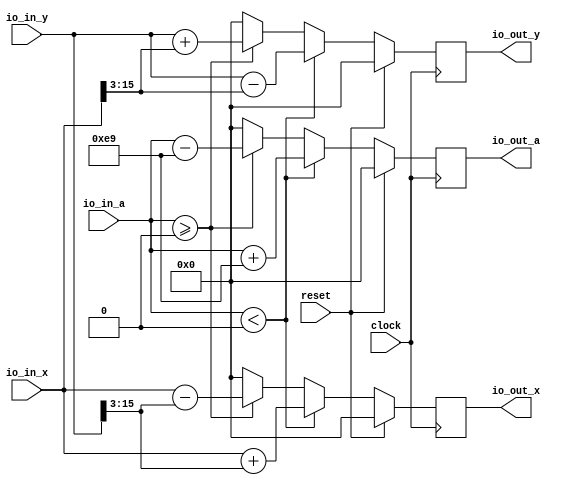
module Rotator(
  input         clock,
  input         reset,
  input  [15:0] io_in_x,
  input  [15:0] io_in_y,
  input  [15:0] io_in_a,
  output [15:0] io_out_x,
  output [15:0] io_out_y,
  output [15:0] io_out_a
);
`ifdef RANDOMIZE_REG_INIT
  reg [31:0] _RAND_0;
  reg [31:0] _RAND_1;
  reg [31:0] _RAND_2;
`endif // RANDOMIZE_REG_INIT
  reg [15:0] xo; // @[Rotator.scala 20:19]
  reg [15:0] yo; // @[Rotator.scala 21:19]
  reg [15:0] ao; // @[Rotator.scala 22:19]
  wire  _T = $signed(io_in_a) < 16'sh0; // @[Rotator.scala 28:16]
  wire [12:0] _GEN_6 = io_in_y[15:3]; // @[Rotator.scala 29:30]
  wire [15:0] _xo_T = {{3{_GEN_6[12]}},_GEN_6}; // @[Rotator.scala 29:30]
  wire [15:0] _xo_T_3 = $signed(io_in_x) + $signed(_xo_T); // @[Rotator.scala 29:19]
  wire [12:0] _GEN_7 = io_in_x[15:3]; // @[Rotator.scala 30:30]
  wire [15:0] _yo_T = {{3{_GEN_7[12]}},_GEN_7}; // @[Rotator.scala 30:30]
  wire [15:0] _yo_T_3 = $signed(io_in_y) - $signed(_yo_T); // @[Rotator.scala 30:19]
  wire [15:0] _ao_T_2 = $signed(io_in_a) + 16'she9; // @[Rotator.scala 31:19]
  wire  _T_5 = ~reset; // @[Rotator.scala 32:11]
  wire  _T_6 = $signed(io_in_a) >= 16'sh0; // @[Rotator.scala 33:24]
  wire [15:0] _xo_T_7 = $signed(io_in_x) - $signed(_xo_T); // @[Rotator.scala 34:19]
  wire [15:0] _yo_T_7 = $signed(io_in_y) + $signed(_yo_T); // @[Rotator.scala 35:19]
  wire [15:0] _ao_T_5 = $signed(io_in_a) - 16'she9; // @[Rotator.scala 36:19]
  assign io_out_x = xo; // @[Rotator.scala 24:12]
  assign io_out_y = yo; // @[Rotator.scala 25:12]
  assign io_out_a = ao; // @[Rotator.scala 26:12]
  always @(posedge clock) begin
    if (reset) begin // @[Rotator.scala 20:19]
      xo <= 16'sh0; // @[Rotator.scala 20:19]
    end else if ($signed(io_in_a) < 16'sh0) begin // @[Rotator.scala 28:23]
      xo <= _xo_T_3; // @[Rotator.scala 29:8]
    end else if ($signed(io_in_a) >= 16'sh0) begin // @[Rotator.scala 33:32]
      xo <= _xo_T_7; // @[Rotator.scala 34:8]
    end else begin
      xo <= 16'sh0; // @[Rotator.scala 39:8]
    end
    if (reset) begin // @[Rotator.scala 21:19]
      yo <= 16'sh0; // @[Rotator.scala 21:19]
    end else if ($signed(io_in_a) < 16'sh0) begin // @[Rotator.scala 28:23]
      yo <= _yo_T_3; // @[Rotator.scala 30:8]
    end else if ($signed(io_in_a) >= 16'sh0) begin // @[Rotator.scala 33:32]
      yo <= _yo_T_7; // @[Rotator.scala 35:8]
    end else begin
      yo <= 16'sh0; // @[Rotator.scala 40:8]
    end
    if (reset) begin // @[Rotator.scala 22:19]
      ao <= 16'sh0; // @[Rotator.scala 22:19]
    end else if ($signed(io_in_a) < 16'sh0) begin // @[Rotator.scala 28:23]
      ao <= _ao_T_2; // @[Rotator.scala 31:8]
    end else if ($signed(io_in_a) >= 16'sh0) begin // @[Rotator.scala 33:32]
      ao <= _ao_T_5; // @[Rotator.scala 36:8]
    end else begin
      ao <= 16'sh0; // @[Rotator.scala 41:8]
    end
    `ifndef SYNTHESIS
    `ifdef PRINTF_COND
      if (`PRINTF_COND) begin
    `endif
        if (_T & ~reset) begin
          $fwrite(32'h80000002,"[%d] %d + %d = %d\n",2'h3,io_in_a,16'she9,_ao_T_2); // @[Rotator.scala 32:11]
        end
    `ifdef PRINTF_COND
      end
    `endif
    `endif // SYNTHESIS
    `ifndef SYNTHESIS
    `ifdef PRINTF_COND
      if (`PRINTF_COND) begin
    `endif
        if (~_T & _T_6 & _T_5) begin
          $fwrite(32'h80000002,"[%d] %d + %d = %d\n",2'h3,io_in_a,16'she9,_ao_T_2); // @[Rotator.scala 37:11]
        end
    `ifdef PRINTF_COND
      end
    `endif
    `endif // SYNTHESIS
  end
// Register and memory initialization
`ifdef RANDOMIZE_GARBAGE_ASSIGN
`define RANDOMIZE
`endif
`ifdef RANDOMIZE_INVALID_ASSIGN
`define RANDOMIZE
`endif
`ifdef RANDOMIZE_REG_INIT
`define RANDOMIZE
`endif
`ifdef RANDOMIZE_MEM_INIT
`define RANDOMIZE
`endif
`ifndef RANDOM
`define RANDOM $random
`endif
`ifdef RANDOMIZE_MEM_INIT
  integer initvar;
`endif
`ifndef SYNTHESIS
`ifdef FIRRTL_BEFORE_INITIAL
`FIRRTL_BEFORE_INITIAL
`endif
initial begin
  `ifdef RANDOMIZE
    `ifdef INIT_RANDOM
      `INIT_RANDOM
    `endif
    `ifndef VERILATOR
      `ifdef RANDOMIZE_DELAY
        #`RANDOMIZE_DELAY begin end
      `else
        #0.002 begin end
      `endif
    `endif
`ifdef RANDOMIZE_REG_INIT
  _RAND_0 = {1{`RANDOM}};
  xo = _RAND_0[15:0];
  _RAND_1 = {1{`RANDOM}};
  yo = _RAND_1[15:0];
  _RAND_2 = {1{`RANDOM}};
  ao = _RAND_2[15:0];
`endif // RANDOMIZE_REG_INIT
  `endif // RANDOMIZE
end // initial
`ifdef FIRRTL_AFTER_INITIAL
`FIRRTL_AFTER_INITIAL
`endif
`endif // SYNTHESIS
endmodule